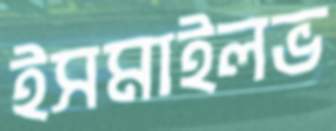
ইসমাইলভ